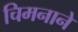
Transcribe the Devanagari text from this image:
चिमनाने